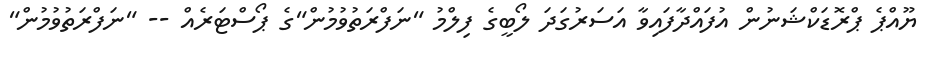
ޔޫއްޕެ ޕްރޮޑަކްޝަނުން އުފައްދާފައިވާ އަސަރުގަދަ ލޯބީގެ ފިލްމު "ނަފްރަތުވުމުން"ގެ ޕޯސްޓަރެއް -- "ނަފްރަތުވުމުން"